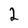
Character: 2